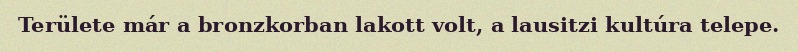
Területe már a bronzkorban lakott volt, a lausitzi kultúra telepe.